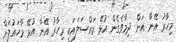
މިހާރު އޭނާ އަށް ދިމާވެގެން އުޅޭ މައްސަލައަކީ މިހާރު އޭނާ އުޅޭ މާހައުލަށް